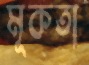
মূকতা